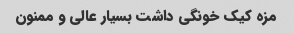
مزه کیک خونگی داشت بسیار عالی و ممنون